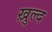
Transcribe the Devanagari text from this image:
ख़ुल्द